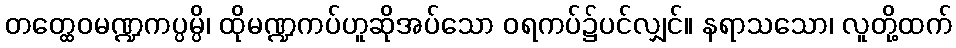
တတ္ထေဝမဏ္ဍကပ္ပမ္ပိ၊ ထိုမဏ္ဍကပ်ဟူဆိုအပ်သော ဝရကပ်၌ပင်လျှင်။ နရာသသော၊ လူတို့ထက်